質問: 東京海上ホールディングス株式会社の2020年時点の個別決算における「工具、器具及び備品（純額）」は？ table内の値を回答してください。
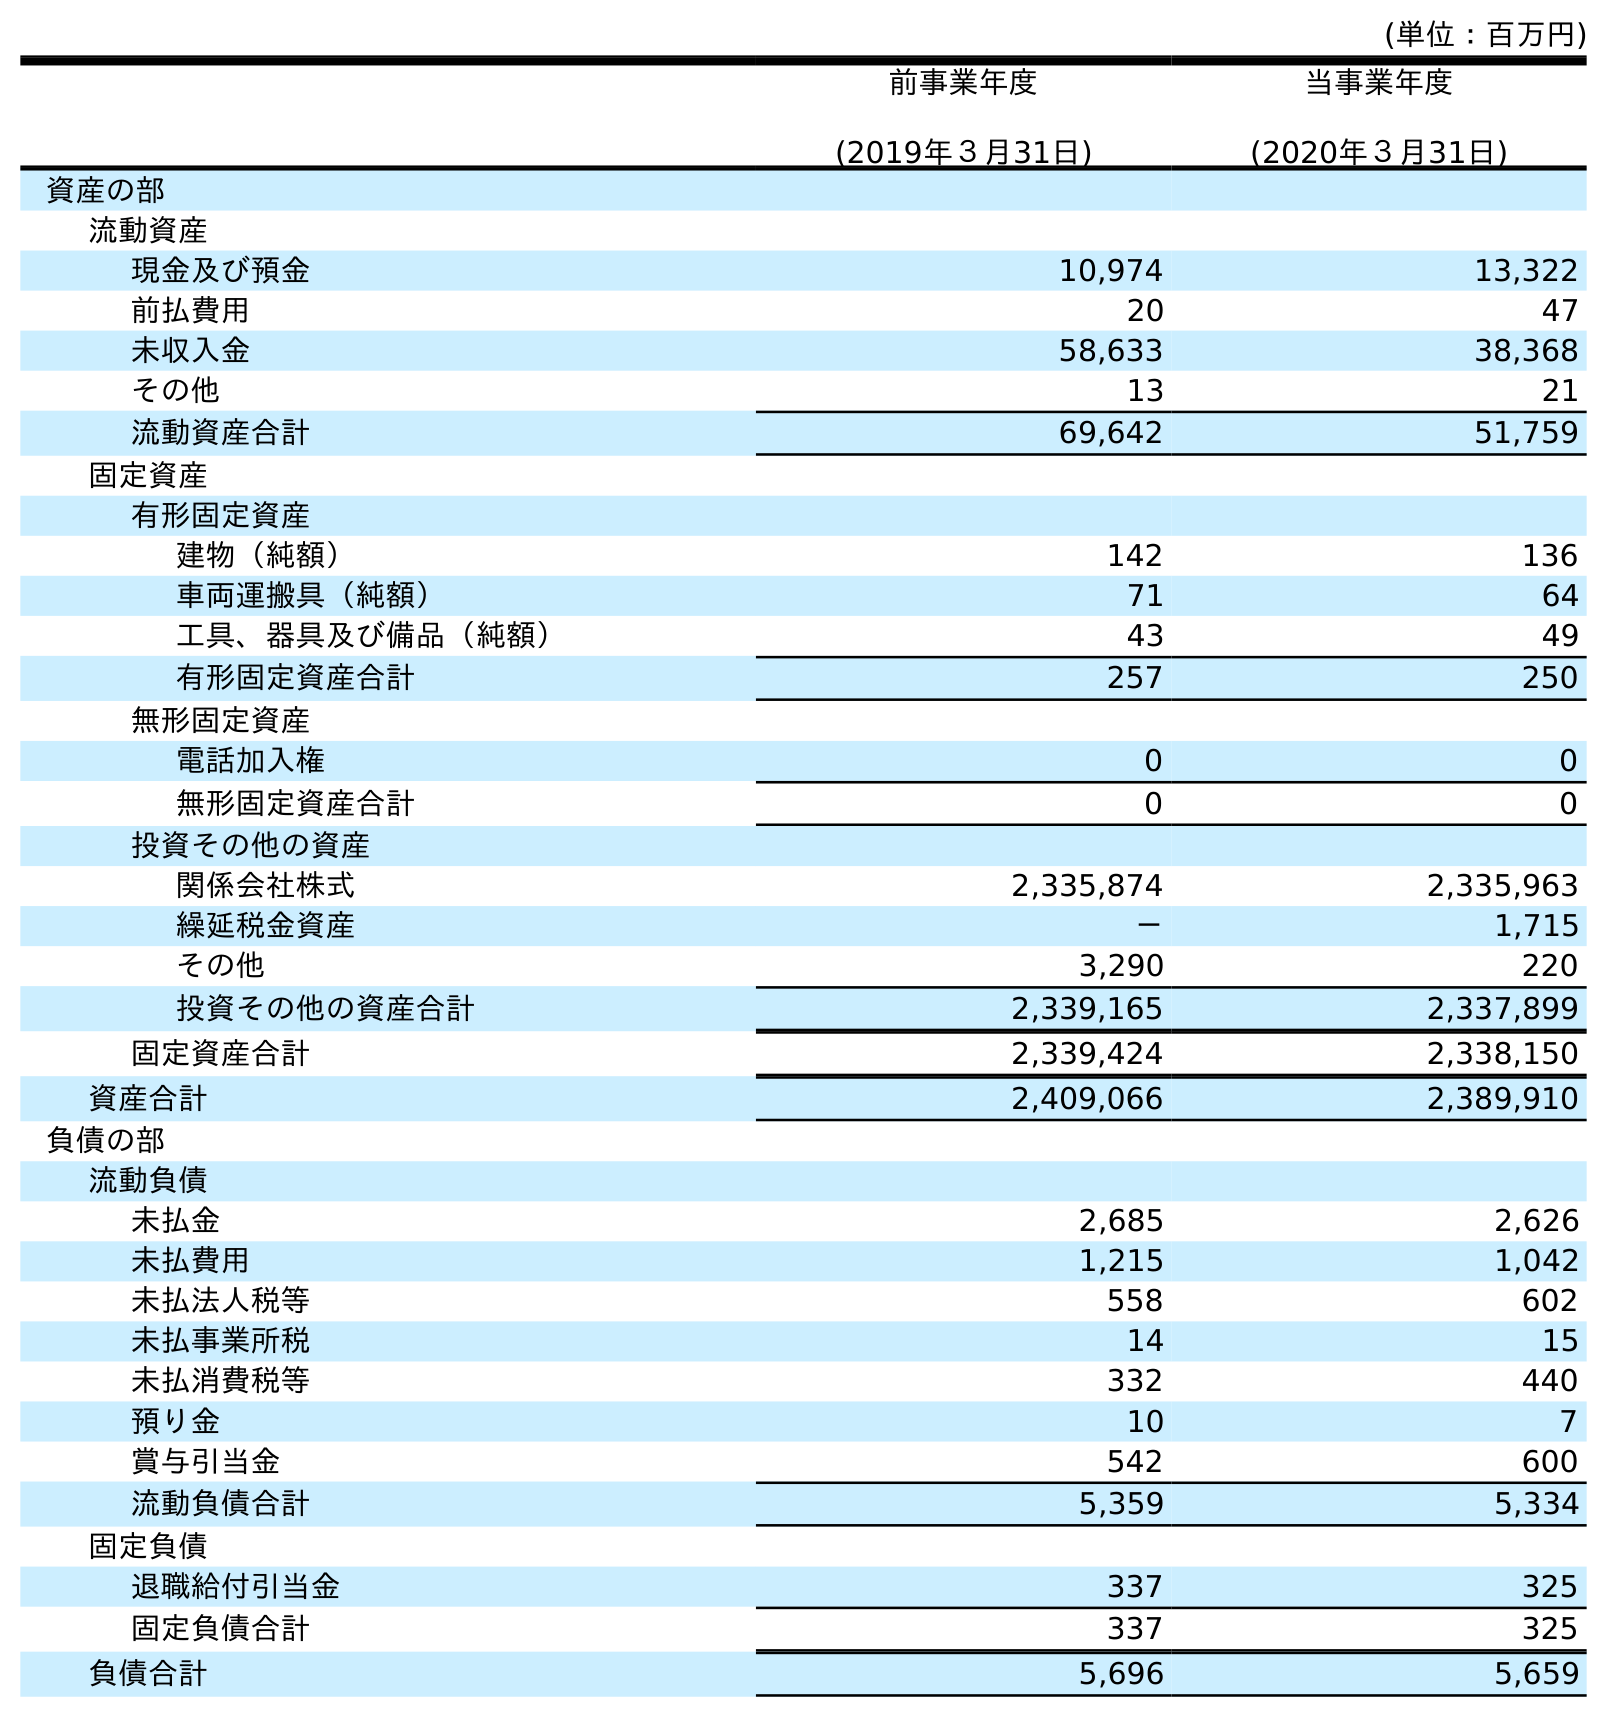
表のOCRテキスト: (単位：百万円) 前事業年度 (2019年３月31日) 当事業年度 (2020年３月31日) 資産の部 流動資産 現金及び預金 10,974 13,322 前払費用 20 47 未収入金 58,633 38,368 その他 13 21 流動資産合計 69,642 51,759 固定資産 有形固定資産 建物（純額） 142 136 車両運搬具（純額） 71 64 工具、器具及び備品（純額） 43 49 有形固定資産合計 257 250 無形固定資産 電話加入権 0 0 無形固定資産合計 0 0 投資その他の資産 関係会社株式 2,335,874 2,335,963 繰延税金資産 － 1,715 その他 3,290 220 投資その他の資産合計 2,339,165 2,337,899 固定資産合計 2,339,424 2,338,150 資産合計 2,409,066 2,389,910 負債の部 流動負債 未払金 2,685 2,626 未払費用 1,215 1,042 未払法人税等 558 602 未払事業所税 14 15 未払消費税等 332 440 預り金 10 7 賞与引当金 542 600 流動負債合計 5,359 5,334 固定負債 退職給付引当金 337 325 固定負債合計 337 325 負債合計 5,696 5,659
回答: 49